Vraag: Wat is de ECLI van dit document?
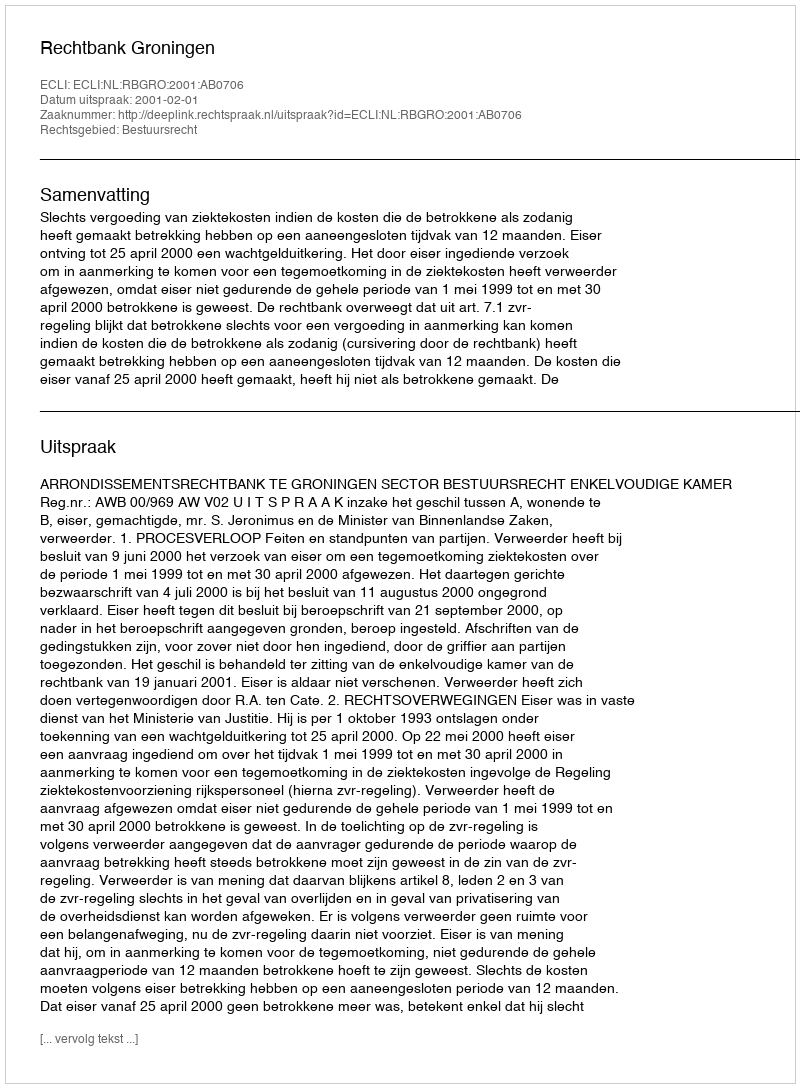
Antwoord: ECLI:NL:RBGRO:2001:AB0706